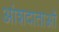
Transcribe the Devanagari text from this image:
आंशदाताओं